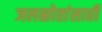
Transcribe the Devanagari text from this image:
जलस्रोतांसाठी